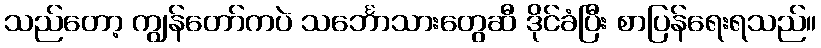
သည်တော့ ကျွန်တော်ကပဲ သင်္ဘောသားတွေဆီ ဒိုင်ခံပြီး စာပြန်ရေးရသည်။